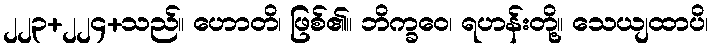
၂၂၃+၂၂၄+သည်။ ဟောတိ၊ ဖြစ်၏။ ဘိက္ခဝေ၊ ရဟန်းတို့။ သေယျထာပိ၊